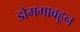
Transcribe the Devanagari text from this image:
डोमगावहून